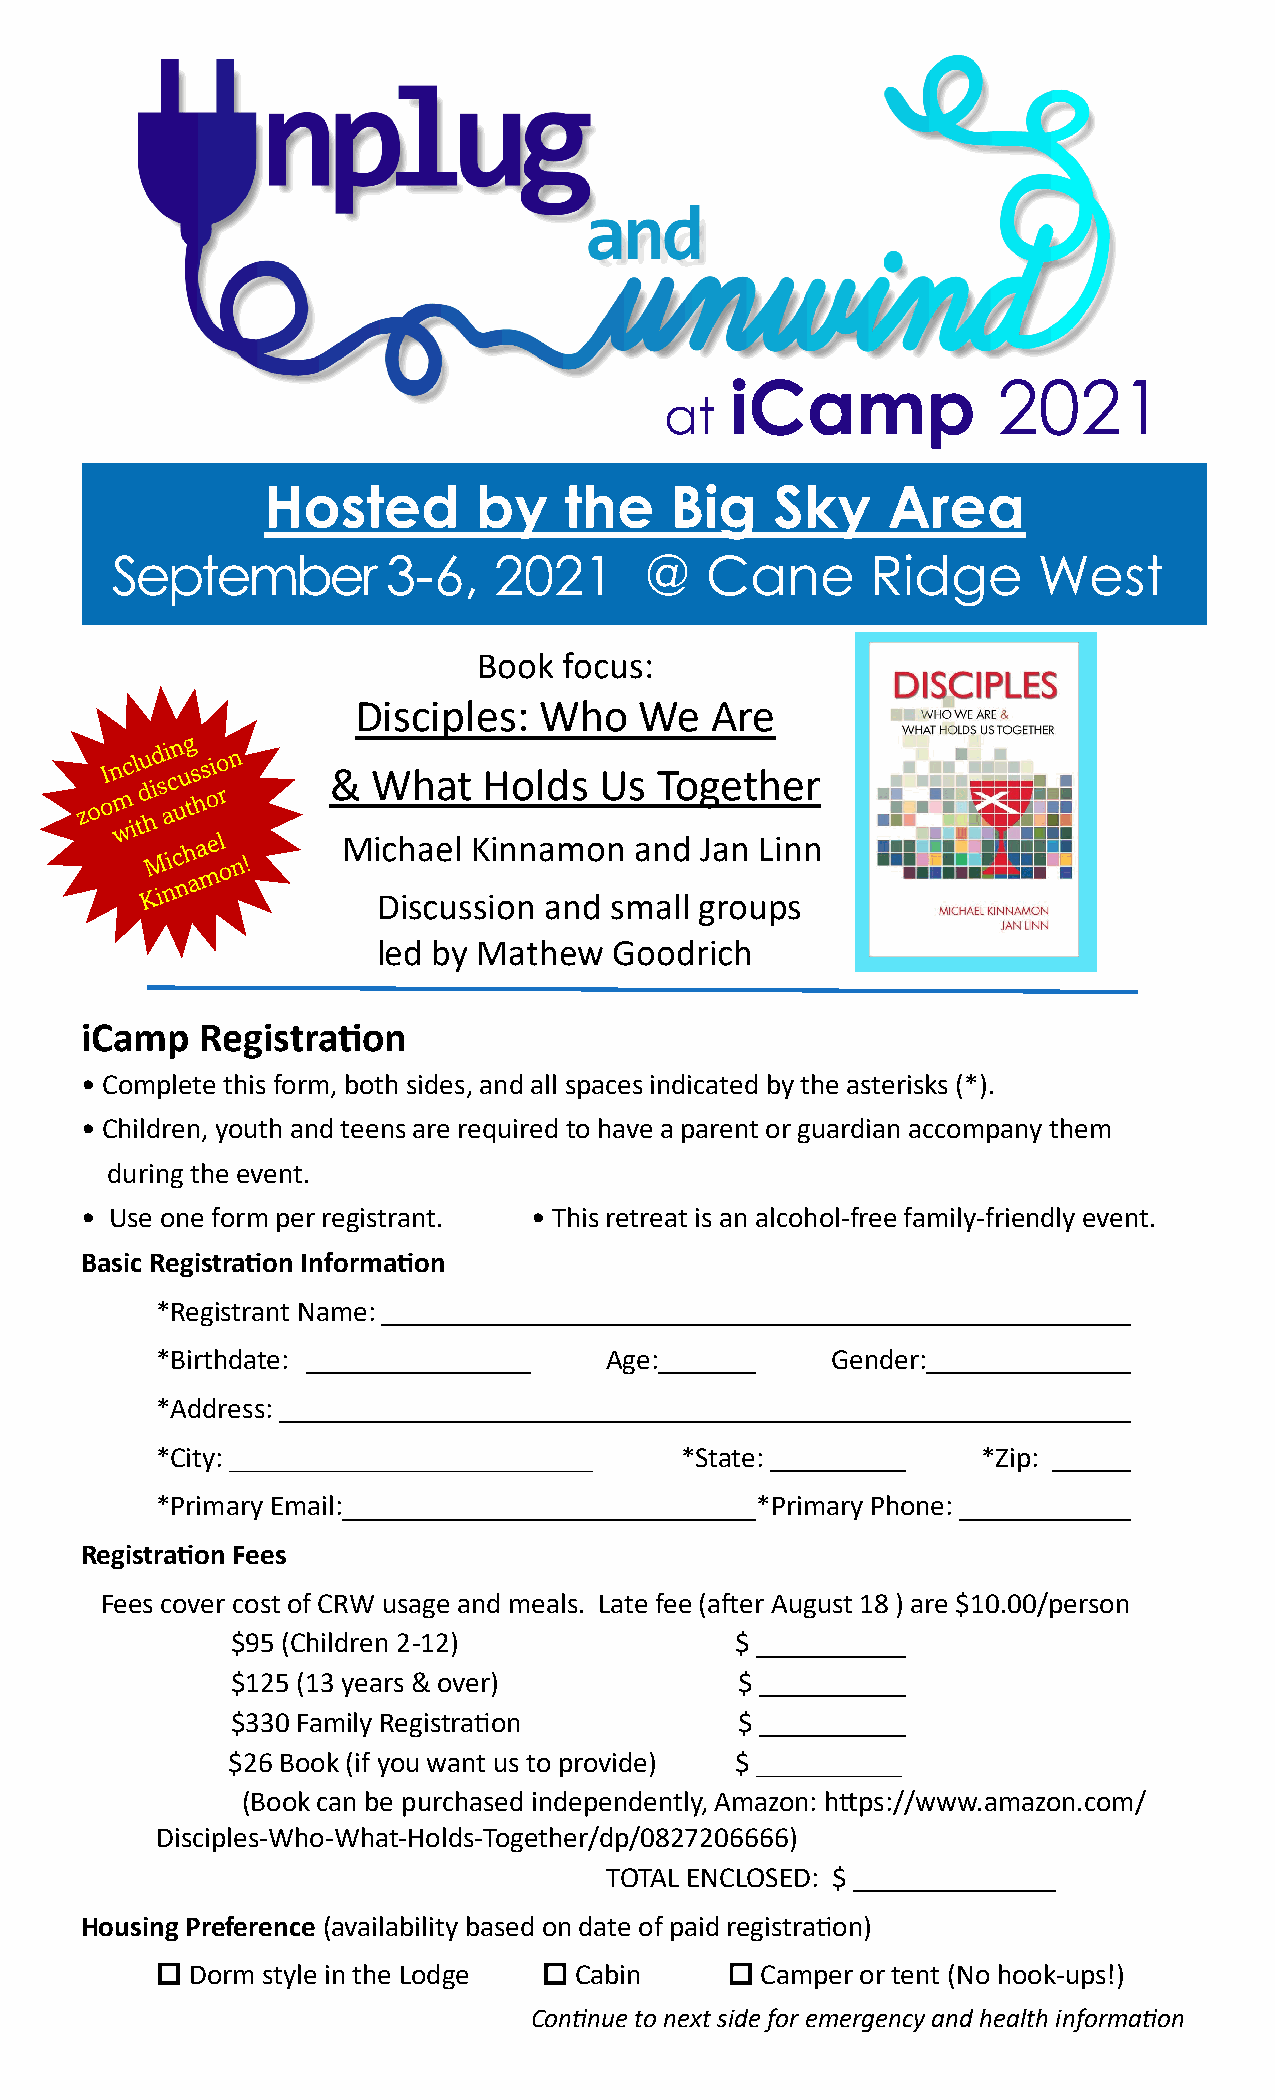
iCamp             2021
 at
 Hosted         by   the    Big    Sky     Area
 September          3-6,   2021      @   Cane       Ridge      West
 Book focus:
 Disciples:  Who   We   Are
 &  What   Holds   Us Together
 Michael Kinnamon   and Jan Linn
 Discussion and small groups
 led by Mathew   Goodrich
 iCamp   Registration
 • Complete this form, both sides, and all spaces indicated by the asterisks (*).
 • Children, youth and teens are required to have a parent or guardian accompany them
 during the event.
 • Use one form per registrant. • This retreat is an alcohol-free family-friendly event.
 Basic Registration Information
 *Registrant Name:
 *Birthdate:                   Age:           Gender:
 *Address:
 *City: _________________________   *State:             *Zip:
 *Primary Email:                         *Primary Phone:
 Registration Fees
 Fees cover cost of CRW usage and meals. Late fee (after August 18 ) are $10.00/person
 $95 (Children 2-12)               $
 $125 (13 years & over)            $
 $330 Family Registration          $
 $26 Book (if you want us to provide) $ __________
 (Book can be purchased independently, Amazon: https://www.amazon.com/
 Disciples-Who-What-Holds-Together/dp/0827206666)
 TOTAL ENCLOSED: $
 Housing Preference (availability based on date of paid registration)
  Dorm style in the Lodge  Cabin      Camper or tent (No hook-ups!)
 Continue to next side for emergency and health information